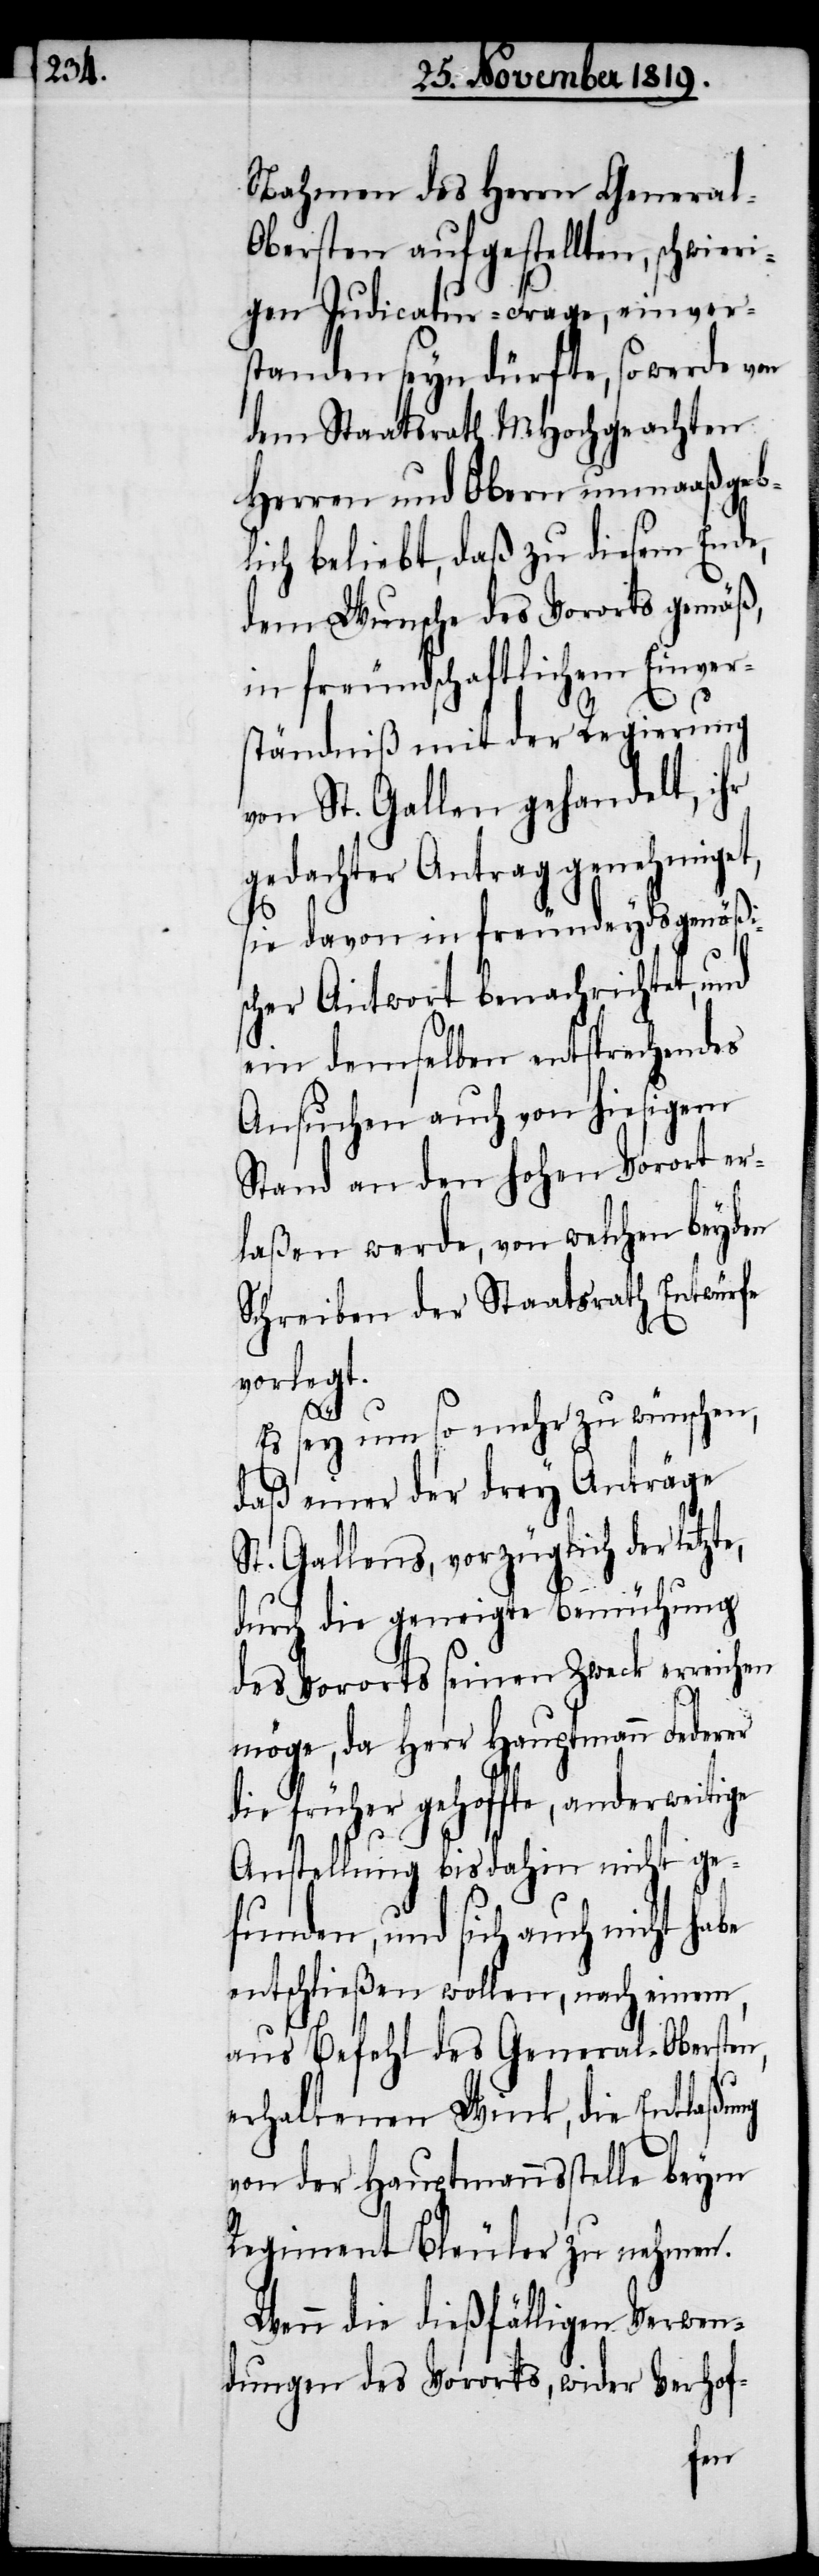
Nahmen des Herrn Genera¬
l-Obersten aufgestellten, schwieri¬
gen Indicatur-Frage, einver¬
standen seyn dürfte, so werde von
dem Staatraths MHochgeachten
Herren und Obern unmaaßgeb¬
lich beliebt, daß zu diesem Ende,
dem Wunsche des Vororts gemäß,
in freundschaftlichem Einver¬
ständniß mit der Regierung
von St. Gallen gehandelt, ihr
gedachter Antrag genehmiget,
sie davon in freundeydsgenößis¬
cher Antwort benachrichtet, und
ein demselben entsprechendes
Ansuchen auch von hiesigem
Stand an den hohen Vorort er¬
laßen werde, von welchen beyden
Schreiben der Staatsrath Entwürfe
vorlegt.
e,
Es sey um so mehr zu wünschen,
daß einer der drey Anträge
St. Gallens, vorzüglich der letzt¬
durch die geneigte Bemühung
des Vororts seinen Zweck erreichen
möge, da Herr Hauptmann Federer
die früher gehoffte, anderweitige
Anstellung bis dahin nicht ge¬
funden, und sich auch nicht habe
entschließen wollen, nach einem,
aus Befehl des General-Obersten,
erhaltenen Wink, die Entlaßung
von der Hauptmannsstelle beym
Regiment Bleuler zu nehmen.
Wenn die dießfälligen Verwen¬
dungen des Vororts, wider Verhof-